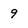
Character: 9